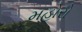
મહોરો